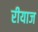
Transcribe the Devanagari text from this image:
रीयाज